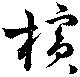
檳